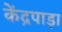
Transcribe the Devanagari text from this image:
केंद्रपाड़ा